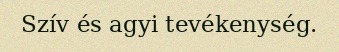
Szív és agyi tevékenység.